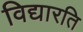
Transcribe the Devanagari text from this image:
विद्यारति